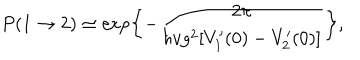
P ( 1 \rightarrow 2 ) \simeq \exp \left\{ - { \frac { 2 \pi } { \hbar v g ^ { 2 } [ V _ { 1 } ^ { \prime } ( 0 ) - V _ { 2 } ^ { \prime } ( 0 ) ] } } \right\} ,